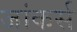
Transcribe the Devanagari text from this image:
जांकर्स